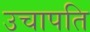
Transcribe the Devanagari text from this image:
उचापति